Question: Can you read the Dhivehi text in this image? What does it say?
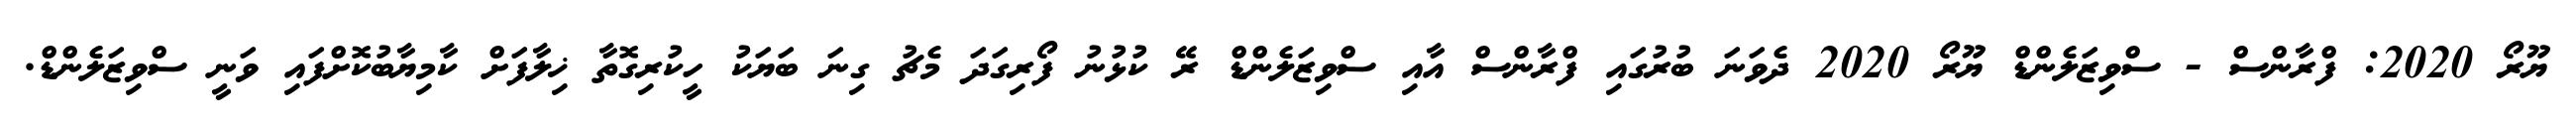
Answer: ޔޫރޯ 2020: ފްރާންސް - ސްވިޒަލެންޑް ޔޫރޯ 2020 ދެވަނަ ބުރުގައި ފްރާންސް އާއި ސްވިޒަލެންޑް ރޭ ކުޅުނު ފޯރިގަދަ މެޗު ގިނަ ބަޔަކު ހީކުރިގޮތާ ޚިލާފަށް ކާމިޔާބުކޮށްފައި ވަނީ ސްވިޒަލެންޑް.